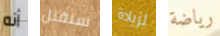
أنه سنقتل لزيادة رياضة